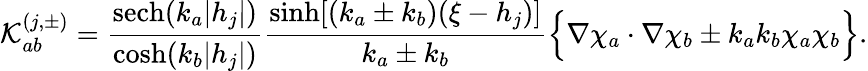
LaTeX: \mathcal{K}_{ab}^{(j,\pm)}=\frac{\mathrm{sech}(k_{a}|h_{j}|)}{\cosh(k_{b}|h_{j}|)}\frac{\sinh[(k_{a}\pm k_{b})(\xi-h_{j})]}{k_{a}\pm k_{b}}\Bigl\{ \nabla\chi_{a}\cdot\nabla\chi_{b}\pm k_{a}k_{b}\chi_{a}\chi_{b}\Bigl\} .